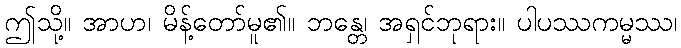
ဤသို့။ အာဟ၊ မိန့်တော်မူ၏။ ဘန္တေ၊ အရှင်ဘုရား။ ပါပဿကမ္မဿ၊